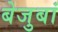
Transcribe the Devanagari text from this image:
बेजुबां